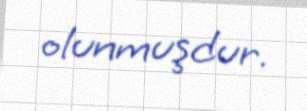
olunmuşdur.